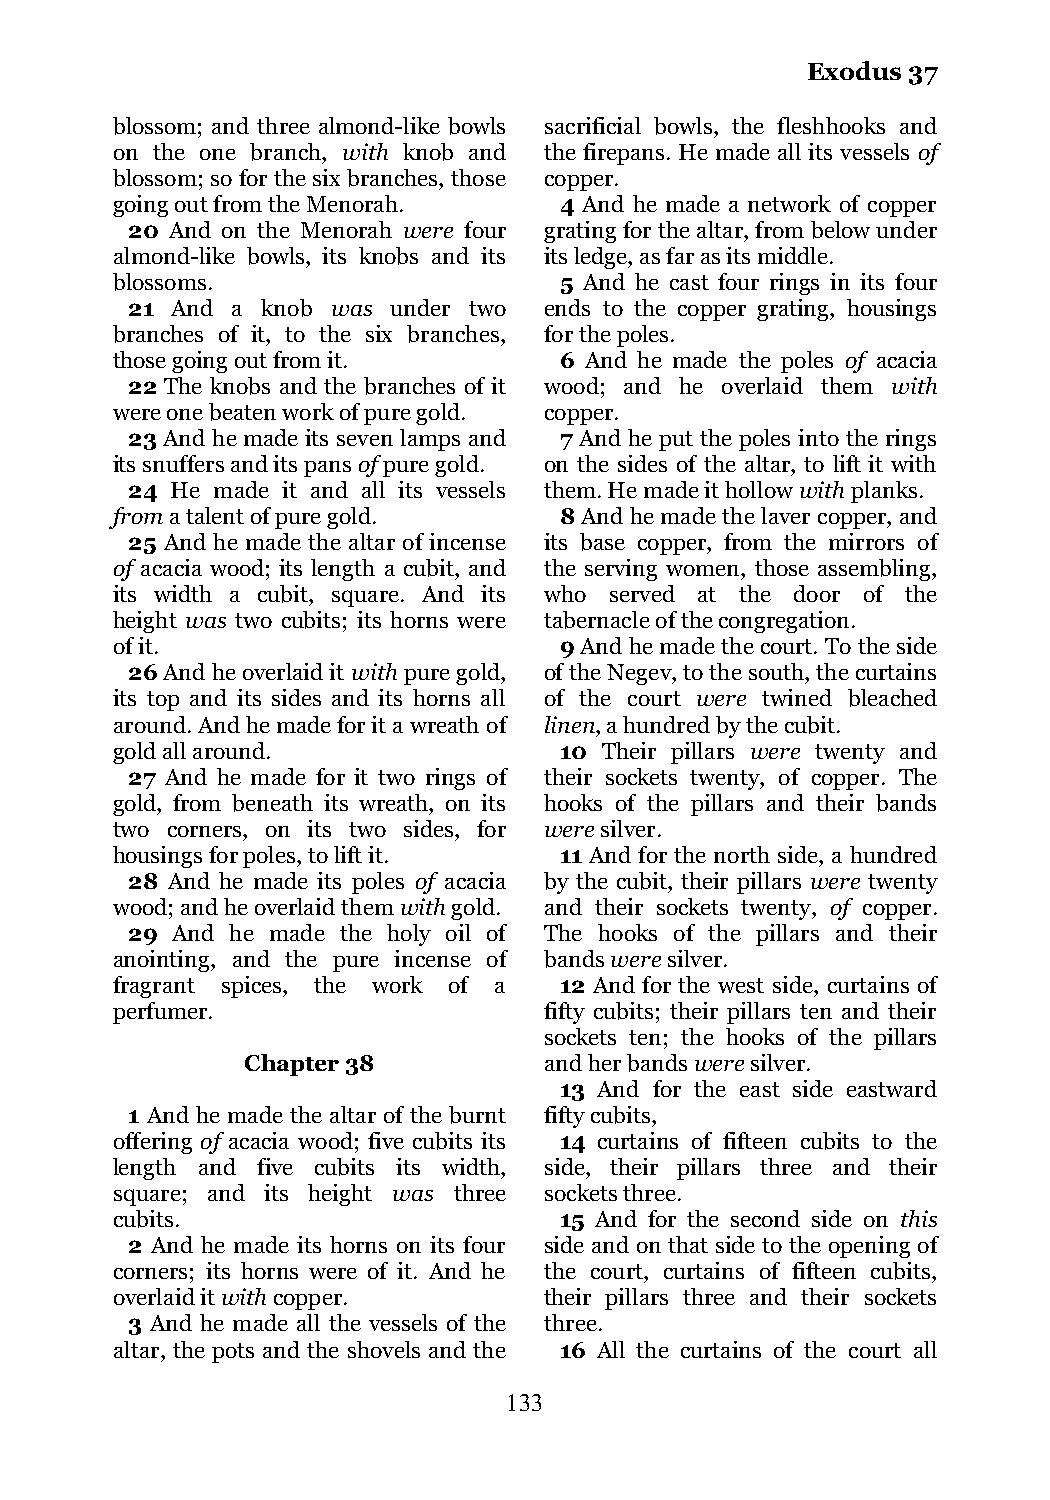
Exodus 37
 blossom; and three almond-like bowls sacrificial bowls, the fleshhooks and
 on the one branch, with knob and the firepans. He made all its vessels of
 blossom; so for the six branches, those copper.
 going out from the Menorah.   4 And he made a network of copper
 20 And on the Menorah were four grating for the altar, from below under
 almond-like bowls, its knobs and its its ledge, as far as its middle.
 blossoms.                     5 And he cast four rings in its four
 21 And a knob was under two ends to the copper grating, housings
 branches of it, to the six branches, for the poles.
 those going out from it.      6 And he made the poles of acacia
 22 The knobs and the branches of it wood; and he overlaid them with
 were one beaten work of pure gold. copper.
 23 And he made its seven lamps and 7 And he put the poles into the rings
 its snuffers and its pans of pure gold. on the sides of the altar, to lift it with
 24 He made it and all its vessels them. He made it hollow with planks.
 from a talent of pure gold.   8 And he made the laver copper, and
 25 And he made the altar of incense its base copper, from the mirrors of
 of acacia wood; its length a cubit, and the serving women, those assembling,
 its width a cubit, square. And its who served at the door of the
 height was two cubits; its horns were tabernacle of the congregation.
 of it.                        9 And he made the court. To the side
 26 And he overlaid it with pure gold, of the Negev, to the south, the curtains
 its top and its sides and its horns all of the court were twined bleached
 around. And he made for it a wreath of linen, a hundred by the cubit.
 gold all around.              10 Their pillars were twenty and
 27 And he made for it two rings of their sockets twenty, of copper. The
 gold, from beneath its wreath, on its hooks of the pillars and their bands
 two corners, on its two sides, for were silver.
 housings for poles, to lift it. 11 And for the north side, a hundred
 28 And he made its poles of acacia by the cubit, their pillars were twenty
 wood; and he overlaid them with gold. and their sockets twenty, of copper.
 29 And he made the holy oil of The hooks of the pillars and their
 anointing, and the pure incense of bands were silver.
 fragrant spices, the work of a 12 And for the west side, curtains of
 perfumer.                    fifty cubits; their pillars ten and their
 sockets ten; the hooks of the pillars
 Chapter 38          and her bands were silver.
 13 And for the east side eastward
 1 And he made the altar of the burnt fifty cubits,
 offering of acacia wood; five cubits its 14 curtains of fifteen cubits to the
 length and five cubits its width, side, their pillars three and their
 square; and its height was three sockets three.
 cubits.                       15 And for the second side on this
 2 And he made its horns on its four side and on that side to the opening of
 corners; its horns were of it. And he the court, curtains of fifteen cubits,
 overlaid it with copper.     their pillars three and their sockets
 3 And he made all the vessels of the three.
 altar, the pots and the shovels and the 16 All the curtains of the court all
 133